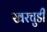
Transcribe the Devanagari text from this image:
खरचुडी